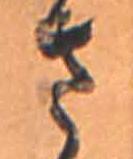
さ